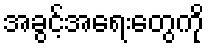
အခွင့်အရေးတွေကို